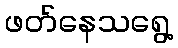
ဖတ်နေသရွေ့